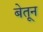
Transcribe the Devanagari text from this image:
बेतून